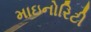
માઇનોરિટી